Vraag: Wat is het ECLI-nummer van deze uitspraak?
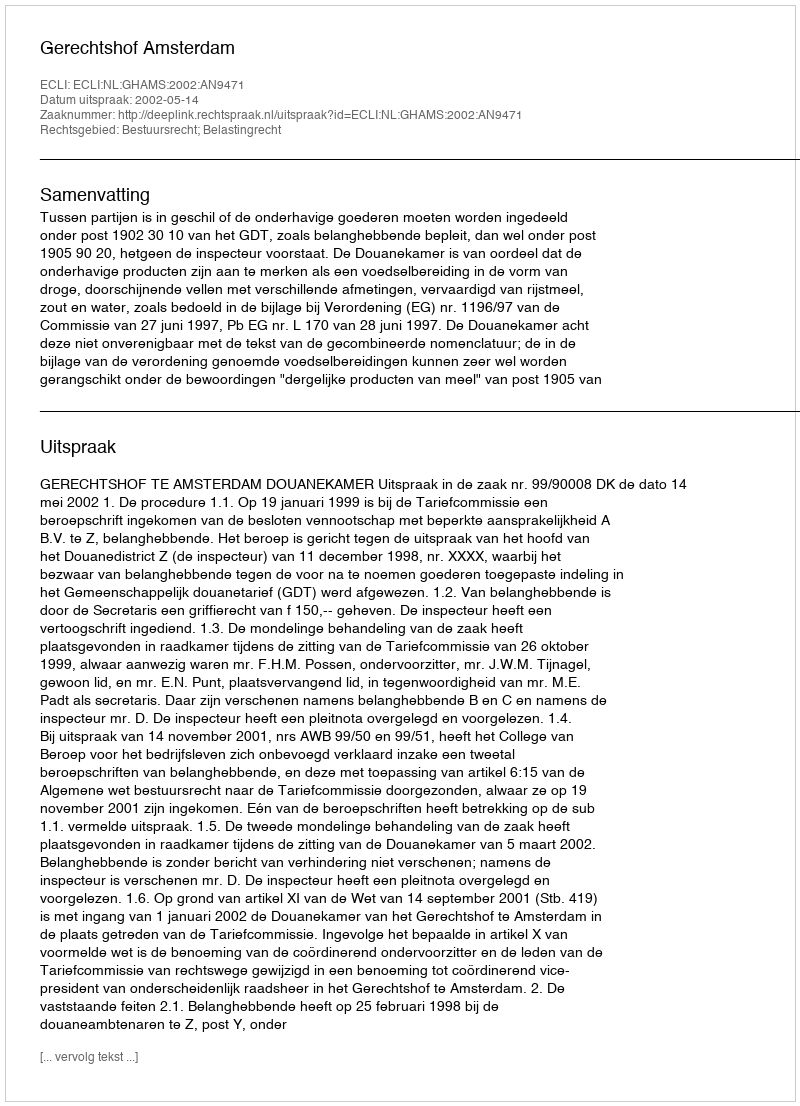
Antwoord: ECLI:NL:GHAMS:2002:AN9471